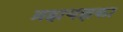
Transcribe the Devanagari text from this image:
ब्रह्मयज्ञका